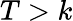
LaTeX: T>k